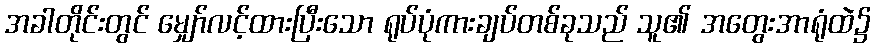
အခါတိုင်းတွင် မျှော်လင့်ထားပြီးသော ရုပ်ပုံကားချပ်တစ်ခုသည် သူ၏ အတွေးအာရုံထဲ၌